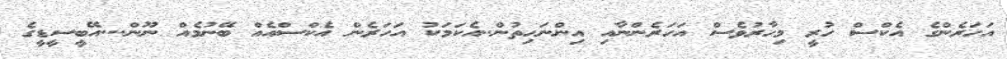
އަހަރެންގެ އެކްސް ހުރީ މިހާރުވެސް އަހަރެންނާއި އިންނަހިތުން..އެކަމަކު އަހަރެން އެކްސްއެއް ބޭނުމެއް ނޫން...އޭބީސީޑީގެ